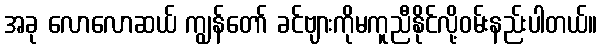
အခု လောလောဆယ် ကျွန်တော် ခင်ဗျားကိုမကူညီနိုင်လို့ဝမ်းနည်းပါတယ်။